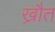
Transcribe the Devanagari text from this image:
ख्रौत